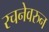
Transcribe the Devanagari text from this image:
रचनेवरुन